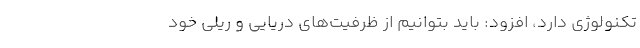
تکنولوژی دارد، افزود: باید بتوانیم از ظرفیت‌های دریایی و ریلی خود